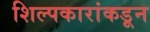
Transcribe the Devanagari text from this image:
शिल्पकारांकडून